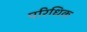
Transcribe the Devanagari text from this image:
परिधिक